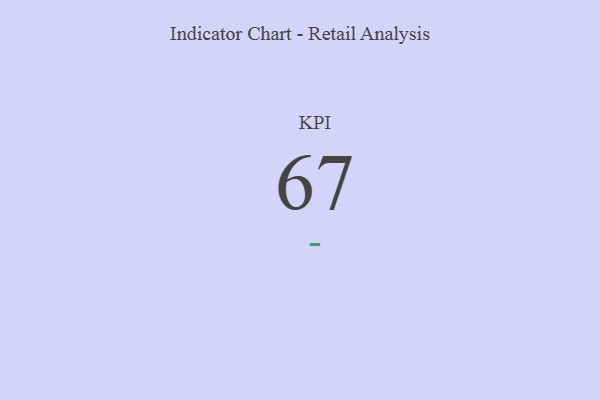
{"axis": {"x": "KPI", "y": "Value"}, "legend": [""], "data": [{"x": "KPI", "y": 67, "type": ""}]}